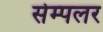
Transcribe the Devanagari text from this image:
सेम्पलर